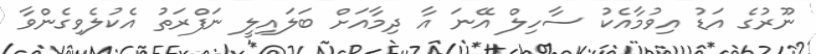
ނޫރުގެ އަޑު އިވުމާއެކު ސާހިލް އޭނަ އާ ދިމާއަށް ބަލައިލީ ނަފްރަތު އެކުލެވިގެންވާ